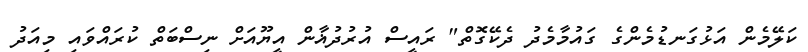
ކަލޭމެން އަޅުގަނޑުމެންގެ ގައުމާމެދު ދެކޭގޮތް" ރައީސް އުރުދުޣާން އީޔޫއަށް ނިސްބަތް ކުރައްވައި މިއަދު